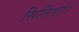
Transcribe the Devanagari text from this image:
सिलिएटेउ